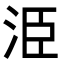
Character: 𭰍